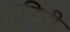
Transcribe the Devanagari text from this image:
मानिती